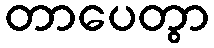
တာပေတွာ